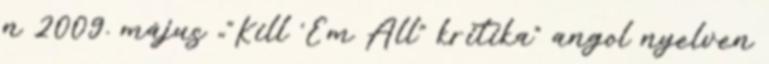
n 2009. május „"Kill 'Em All" kritika” angol nyelven